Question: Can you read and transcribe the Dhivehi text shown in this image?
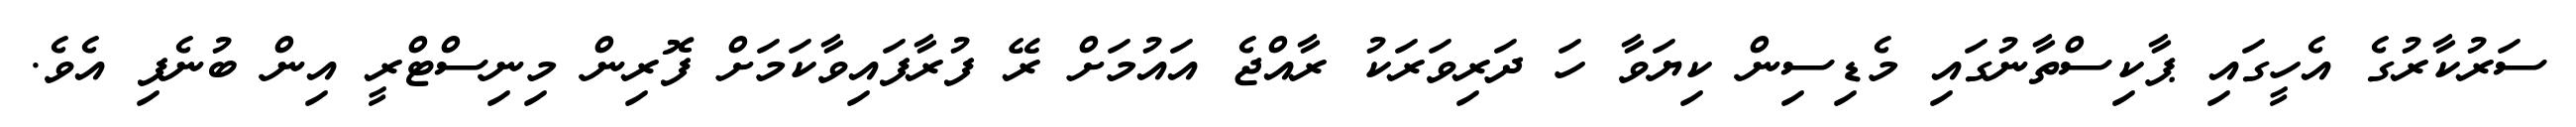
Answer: ސަރުކާރުގެ އެހީގައި ޕާކިސްތާނުގައި މެޑިސިން ކިޔަވާ ހަ ދަރިވަރަކު ރާއްޖެ އައުމަށް ރޭ ފުރާފައިވާކަމަށް ފޮރިން މިނިސްޓްރީ އިން ބުނެފި އެވެ.